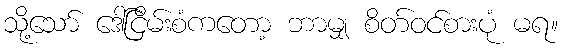
သို့သော် ဒေါ်ငြိမ်းစံကတော့ ဘာမျှ စိတ်ဝင်စားပုံ မရ။